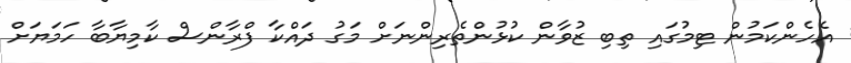
އެހެންކަމުން ޓިމުގައި ތިބި ޒުވާން ކުޅުންތެރިންނަށް މަގު ދައްކާ ފްރާންސް ކާމިޔާބާ ހަމަޔަށް